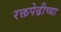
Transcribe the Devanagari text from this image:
रक्तपेढीच्या